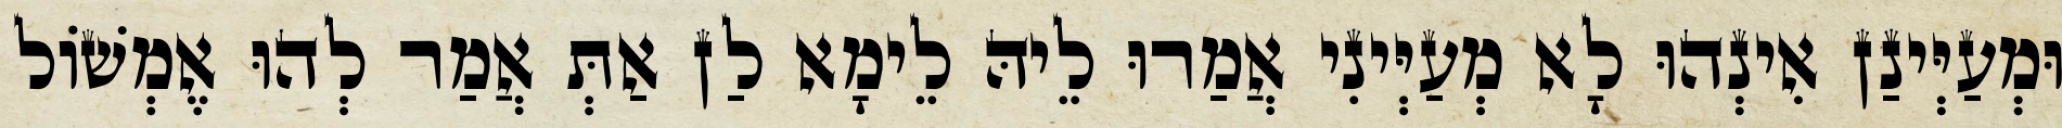
וּמְעַיְּינַן אִינְהוּ לָא מְעַיְּינִי אֲמַרוּ לֵיהּ לֵימָא לַן אַתְּ אֲמַר לְהוּ אֶמְשׁוֹל